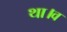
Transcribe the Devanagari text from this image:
था।व